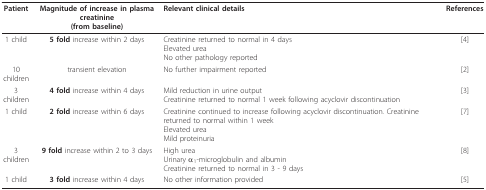
<table><thead><tr><td><b>Patient</b></td><td><b>Magnitude of increase in plasma creatinine(from baseline)</b></td><td><b>Relevant clinical details</b></td><td><b>References</b></td></tr></thead><tbody><tr><td>1 child</td><td><b>5 fold </b>increase within 2 days</td><td>Creatinine returned to normal in 4 daysElevated ureaNo other pathology reported</td><td>[4]</td></tr><tr><td>10 children</td><td>transient elevation</td><td>No further impairment reported</td><td>[2]</td></tr><tr><td>3 children</td><td><b>4 fold </b>increase within 4 days</td><td>Mild reduction in urine outputCreatinine returned to normal 1 week following acyclovir discontinuation</td><td>[3]</td></tr><tr><td>1 child</td><td><b>2 fold </b>increase within 6 days</td><td>Creatinine continued to increase following acyclovir discontinuation. Creatinine returned to normal within 1 weekElevated ureaMild proteinuria</td><td>[7]</td></tr><tr><td>3 children</td><td><b>9 fold </b>increase within 2 to 3 days</td><td>High ureaUrinary α<sub>1</sub>-microglobulin and albuminCreatinine returned to normal in 3 - 9 days</td><td>[8]</td></tr><tr><td>1 child</td><td><b>3 fold </b>increase within 4 days</td><td>No other information provided</td><td>[5]</td></tr></tbody></table>